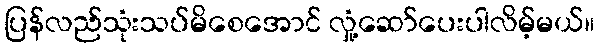
ပြန်လည်သုံးသပ်မိစေအောင် လှုံ့ဆော်ပေးပါလိမ့်မယ်။